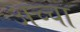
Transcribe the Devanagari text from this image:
अच्‍चा